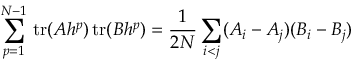
\sum _ { p = 1 } ^ { N - 1 } \mathrm { \, t r } ( A h ^ { p } ) \mathrm { \, t r } ( B h ^ { p } ) = \frac { 1 } { 2 N } \sum _ { i < j } ( A _ { i } - A _ { j } ) ( B _ { i } - B _ { j } )